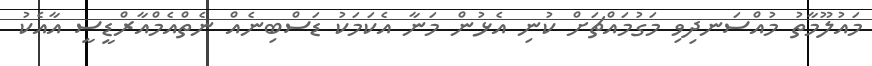
މައުލޫމާތު މުއްސަނދިވި މަގުމައްޗަށް ކުނި އެޅުން މަނާ އެކަމަކު ޑަސްބިނެއް ނެތްއެމްއާރްޑީސީ އާއެކު